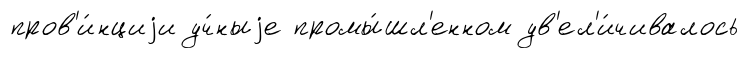
пров'и́нциjи уч́ныjе промы́шл'енном ув'ел'и́чивалось